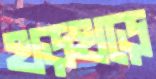
খড়্‌খড়ে